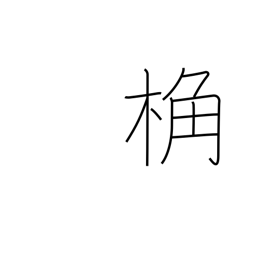
Meaning: rafter